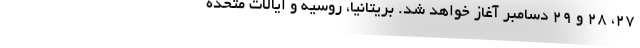
۲۷، ۲۸ و ۲۹ دسامبر آغاز خواهد شد. بریتانیا، روسیه و ایالات متحده